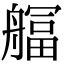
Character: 䒄